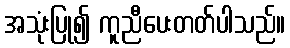
အသုံးပြု၍ ကူညီပေးတတ်ပါသည်။